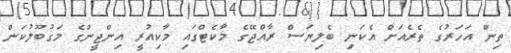
ތިން އަހަރުގެ ތެރެއަށް އެކަނި ބެލިޔަސް ރާއްޖޭގެ މާކެޓްގައި މާކިއުރީ އިންޖީންގެ މަގުބޫލުކަން